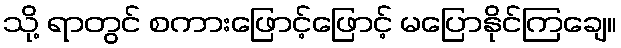
သို့ ရာတွင် စကားဖြောင့်ဖြောင့် မပြောနိုင်ကြချေ။